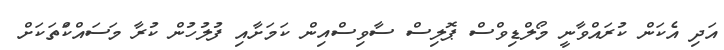
އަދި އެކަން ކުރައްވާނީ މޯލްޑިވްސް ޕޮލިސް ސާވިސްއިން ކަމަށާއި ފުލުހުން ކުރާ މަސައްކަްތަކަަށް